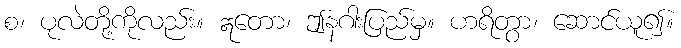
စ၊ ပုလဲတို့ကိုလည်း။ ဣတော၊ ဤနဂါးပြည်မှ။ ဟရိတွာ၊ ဆောင်ယူ၍။